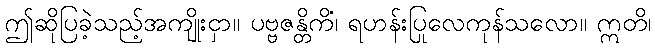
ဤဆိုပြခဲ့သည့်အကျိုးငှာ။ ပဗ္ဗဇန္တိကိံ၊ ရဟန်းပြုလေကုန်သလော။ ဣတိ၊